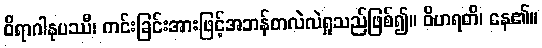
ဝိရာဂါနုပဿီ၊ ကင်းခြင်းအားဖြင့်အဘန်တလဲလဲရှုသည်ဖြစ်၍။ ဝိဟရတိ၊ နေ၏။